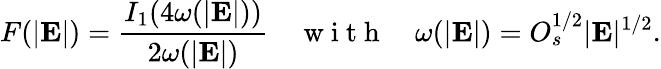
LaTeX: F(|\mathbf{E}|)=\frac{I_{1}(4\omega(|\mathbf{E}|))}{2\omega(|\mathbf{E}|)}\ \ \ \ \mathrm{~w~i~t~h~}\ \ \ \ \omega(|\mathbf{E}|)=O_{s}^{1/2}|\mathbf{E}|^{1/2}.